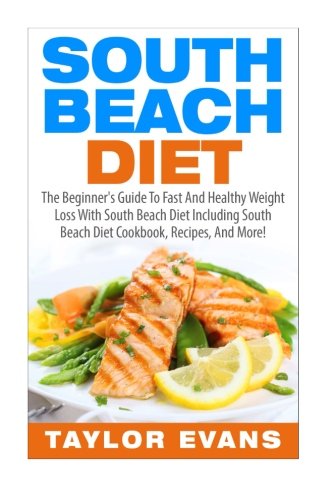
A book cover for South Beach Diet: The Beginner's Guide To Fast And Healthy Weight Loss With South Beach Diet Including South Beach Diet Cookbook, Recipes, And More! (Low Carb & Gluten-Free); Taylor Evans; Health, Fitness & Dieting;